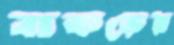
বাকড়ের